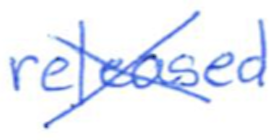
Text: released
Cross-out: cross
Writing tool: ballpoint